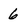
Character: 6